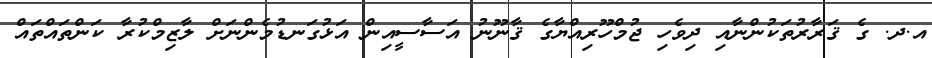
އ.ދ. ގެ ޤަރާރުތަކުންނާއި ދިވެހި ޖުމްހޫރިއްޔާގެ ޤާނޫނު އަސާސީއިން އަޅުގަނޑުމެންނަށް ލާޒިމްކުރާ ކަންތައްތައް